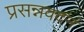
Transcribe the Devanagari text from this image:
प्रसन्नवदनं